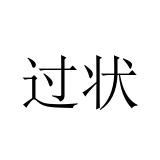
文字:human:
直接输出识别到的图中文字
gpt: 过状